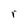
Character: r